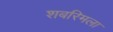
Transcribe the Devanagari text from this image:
शबरिमला